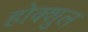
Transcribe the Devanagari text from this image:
होक्शुल